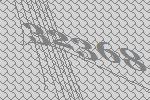
32368